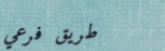
طريق فرعي